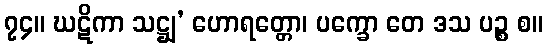
၇၄။ ဃဋိကာ သဋ္ဌျ’ ဟောရတ္တော၊ ပက္ခော တေ ဒသ ပဉ္စ စ။